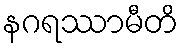
နဂရဿာမီတိ